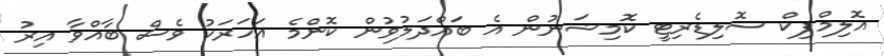
އޮލިމްޕިކް ސޮލިޑެރިޓީ ކޮމިޝަނުން އެ ބައްދަލުވުން ކޮންމެ އަހަރަކު ވެސް ބާއްވާ އިރު